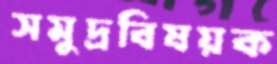
সমুদ্রবিষয়ক